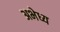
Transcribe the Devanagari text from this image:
अभेध्य